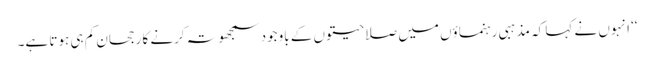
‘‘ انہوں نے کہا کہ مذہبی رہنماؤں میں صلاحیتوں کے باوجود سمجھوتہ کرنے کا رجحان کم ہی ہوتا ہے۔